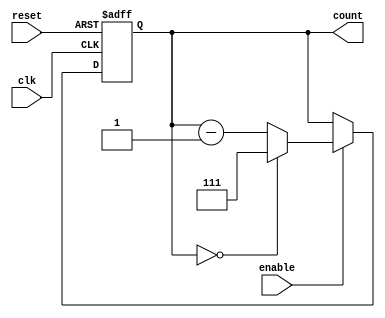
module binary_down_counter (
    input wire clk,          // Clock signal
    input wire reset,        // Asynchronous active-high reset
    input wire enable,       // Active-high enable signal
    output reg [2:0] count   // 3-bit output for the counter (maximum value 7)
);

    // Parameter for maximum count value
    parameter MAX_COUNT = 3'b111; // 7 in decimal for a 3-bit counter

    // Asynchronous reset and counting logic
    always @(posedge clk or posedge reset) begin
        if (reset) begin
            count <= MAX_COUNT; // Reset to maximum value
        end else if (enable) begin
            if (count == 3'b000) begin
                count <= MAX_COUNT; // Wrap around to maximum value
            end else begin
                count <= count - 1; // Decrement the count
            end
        end
        // If enable is low, the counter holds its value
    end

endmodule